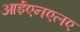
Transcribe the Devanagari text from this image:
आईएनएलए